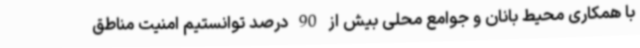
با همکاری محیط بانان و جوامع محلی بیش از 90 درصد توانستیم امنیت مناطق